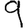
Digit: 9